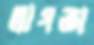
স্বাগতা